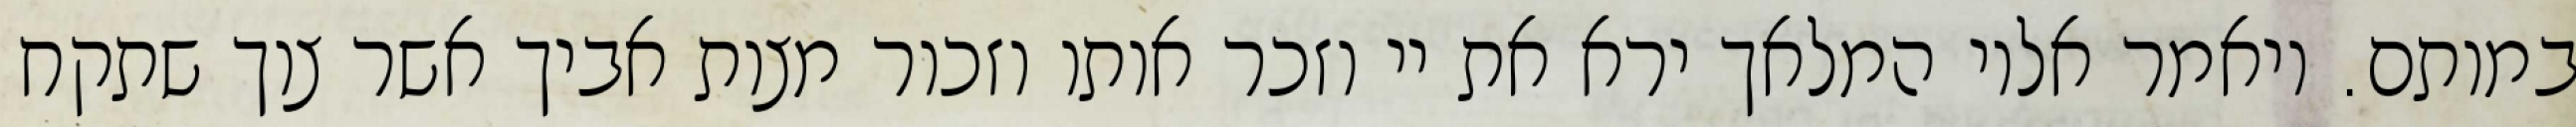
במותם. ויאמר אליו המלאך ירא את יי וזכר אותו וזכור מצות אביך אשר צוך שתקח